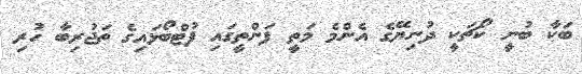
ބަކާ ބުނީ ކޯޗަކީ ދުނިޔޭގެ އެންމެ މަތީ ފަންތީގައި ފުޓްބޯޅައިގެ ތަޖުރިބާ ހުރި